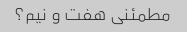
مطمئنی هفت و نیم؟